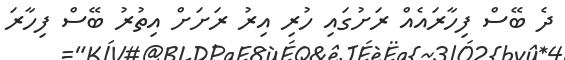
ދެ ބޭސް ފިހާރައެއް ރަށުގައި ހުރި އިރު ރަށަށް އިތުރު ބޭސް ފިހާރަ